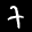
Label: 7